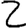
Digit: 2